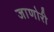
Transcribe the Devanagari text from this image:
जाणोरी